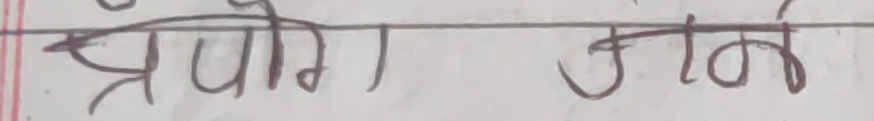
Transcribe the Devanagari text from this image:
प्रयोग गर्ने